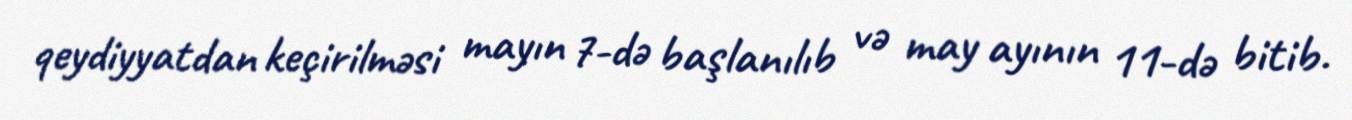
qeydiyyatdan keçirilməsi mayın 7-də başlanılıb və may ayının 11-də bitib.